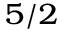
^ { 5 / 2 }